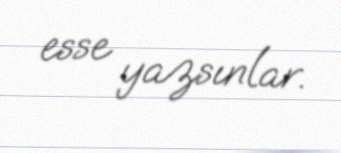
esse yazsınlar.